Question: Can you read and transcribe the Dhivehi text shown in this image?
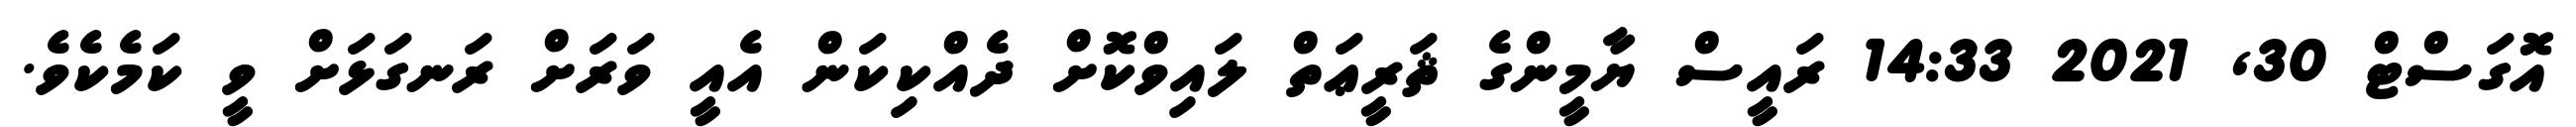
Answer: އޮގަސްޓް 30, 2021 14:33 ރައީސް ޔާމީންގެ ޘަރީޢަތް ލައިވްކޮށް ދެއްކިކަން އެއީ ވަރަށް ރަނގަޅަށް ވީ ކަމެކެވެ.